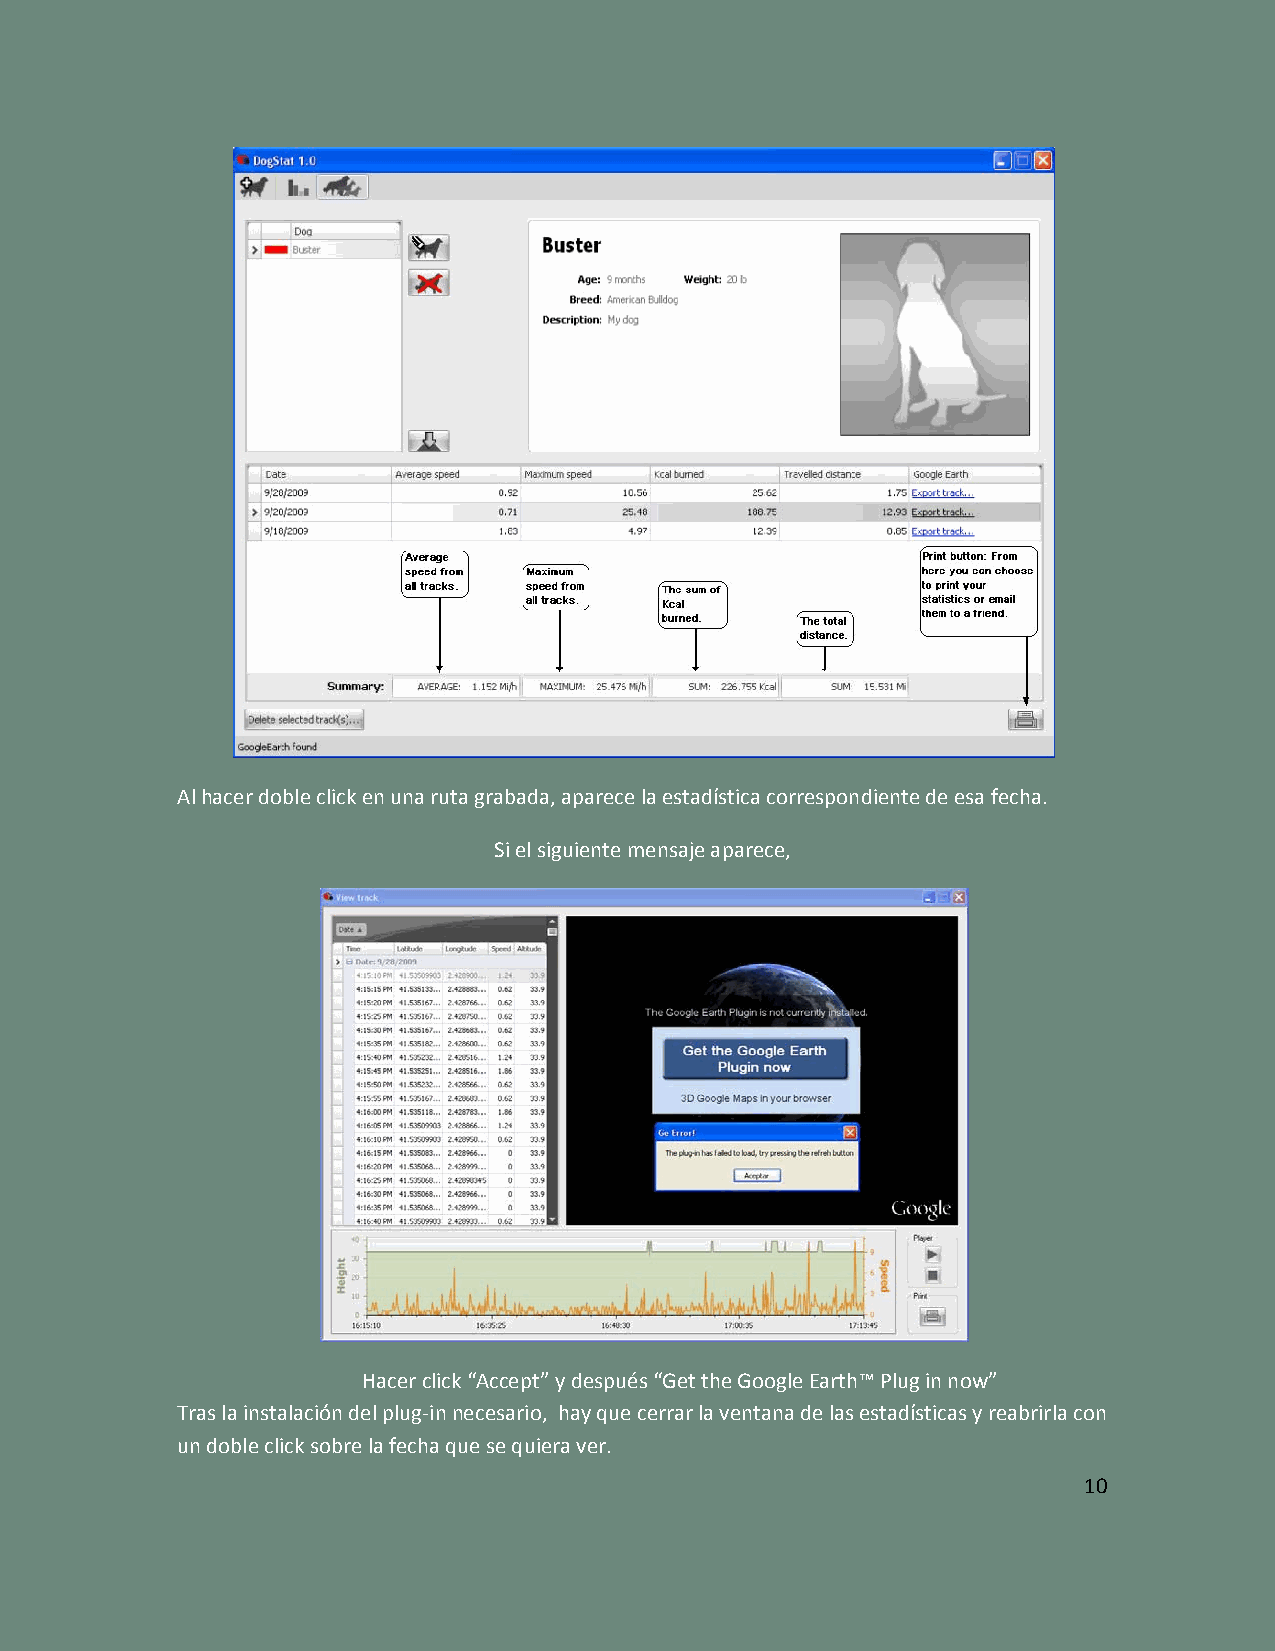
Al hacer doble click en una ruta grabada, aparece la estadística correspondiente de esa fecha.
 Si el siguiente mensaje aparece,
 Hacer click “Accept” y después “Get the Google Earth™ Plug in now”
 Tras la instalación del plug‐in necesario, hay que cerrar la ventana de las estadísticas y reabrirla con
 un doble click sobre la fecha que se quiera ver.
 10